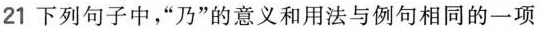
21 下列句子中，“乃”的意义和用法与例句相同的一项